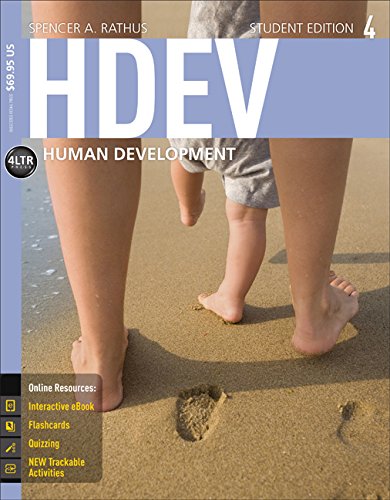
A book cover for HDEV 4 (with CourseMate, 1 term (6 months) Printed Access Card) (New, Engaging Titles from 4LTR Press); Spencer A. Rathus; Medical Books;